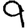
Digit: 9